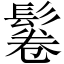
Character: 鬈